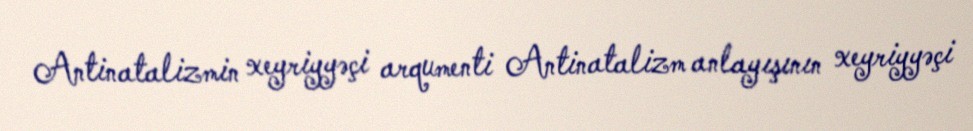
Antinatalizmin xeyriyyəçi arqumenti Antinatalizm anlayışının xeyriyyəçi